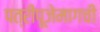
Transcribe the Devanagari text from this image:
पत्रीपूजेमागची